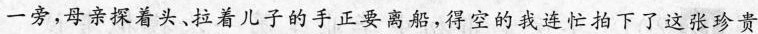
一旁,母亲探着头、拉着儿子的手正要离船,得空的我连忙拍下了这张珍贵